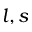
l , s